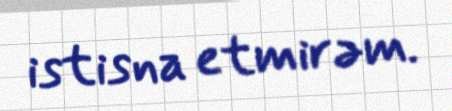
istisna etmirəm.